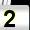
Digit: 2